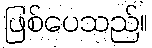
ဖြစ်ပေသည်။